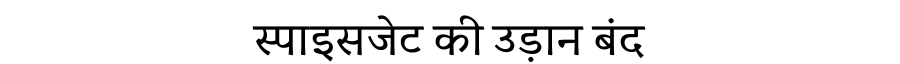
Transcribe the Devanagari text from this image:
स्पाइसजेट की उड़ान बंद